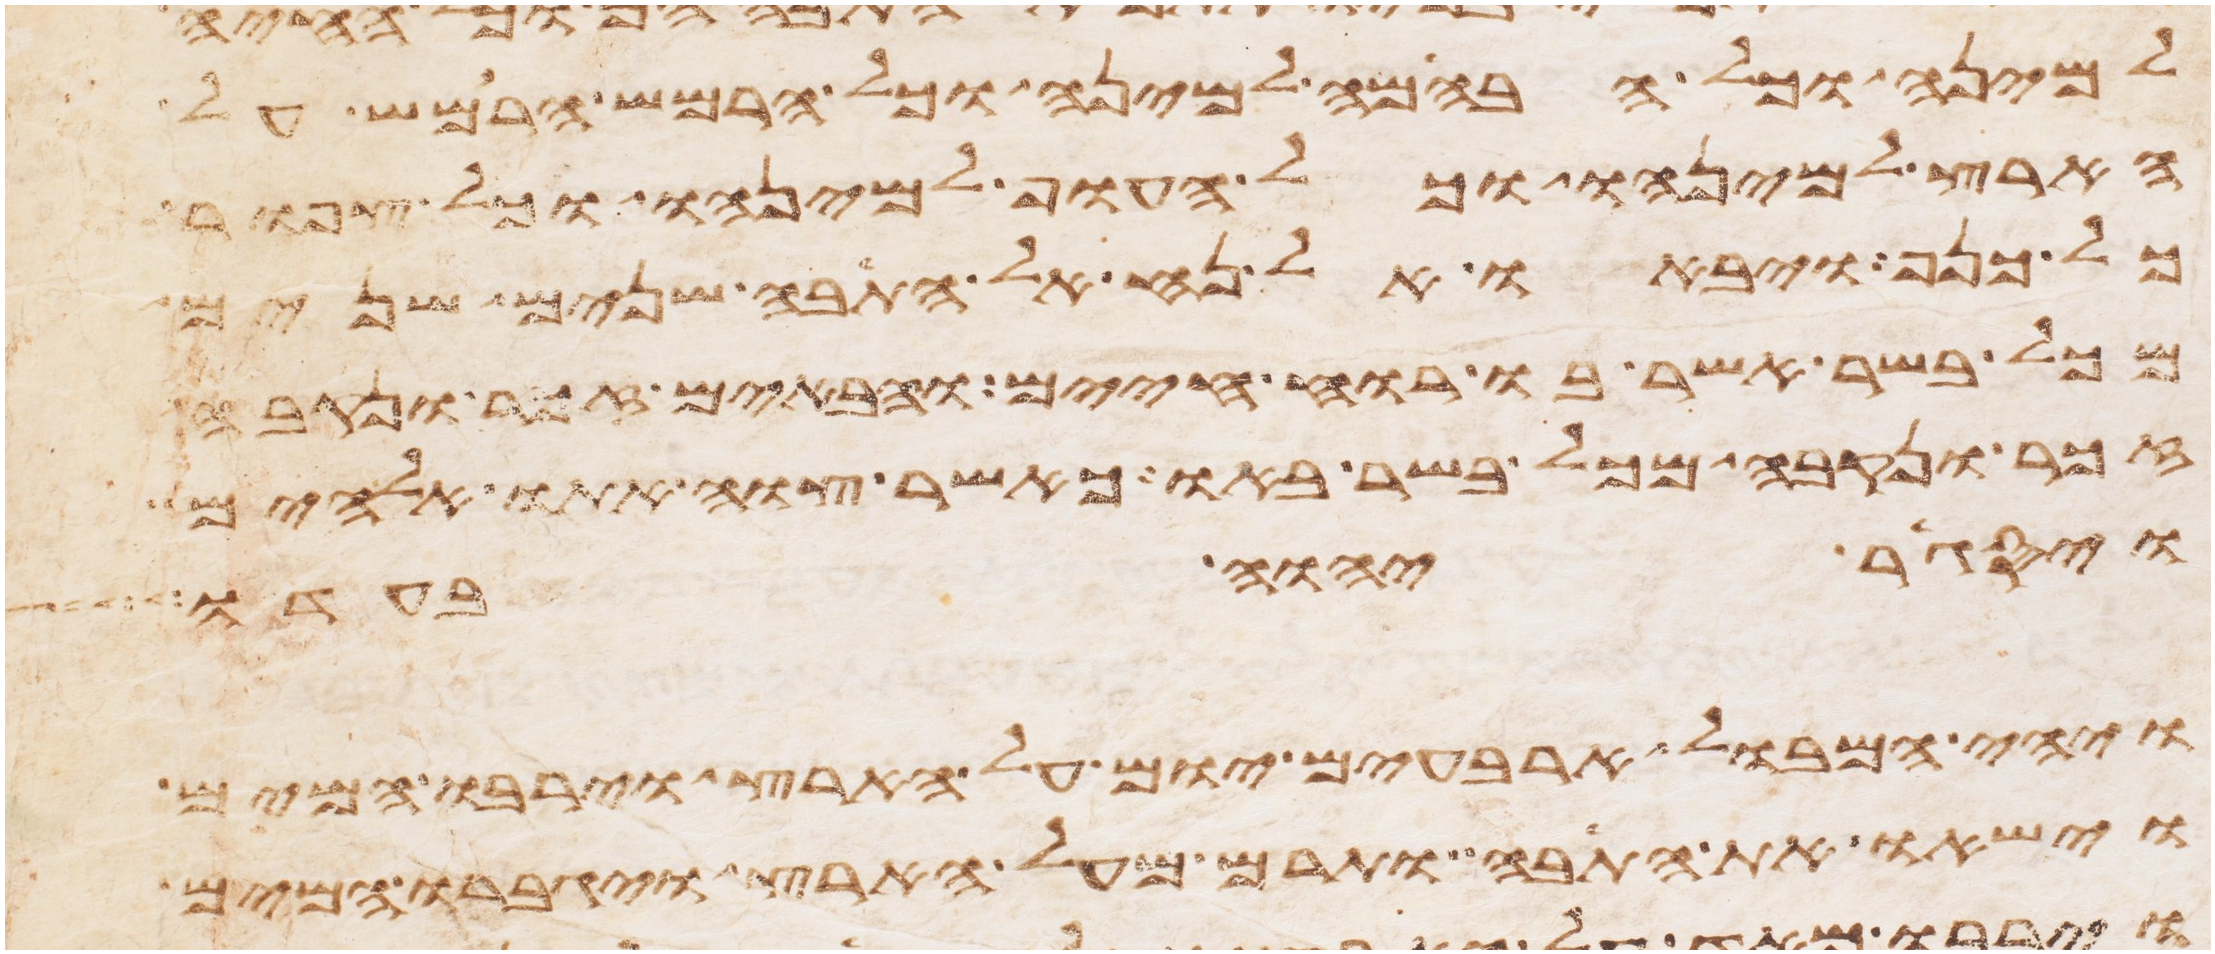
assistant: למינה וכל הבהמה למינה וכל הרמש הרמש על
הארץ למינהו וכל העוף למינהו כל צפור
כל כנף ויבאו אל נח אל התבה שנים שנים
מכל בשר אשר בו רוח חיים והבאים זכר ונקבה
זכר ונקבה מכל בשר באו כאשר צוה אתו אלהים
ויסגר יהוה בעדו
ויהי המבול ארבעים יום על הארץ וירבו המים
וישאו את התבה ותרם מעל הארץ ויגברו המים